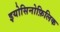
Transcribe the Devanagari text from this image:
इयोसिनोफ़िलिक